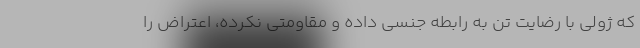
که ژولی با رضایت تن به رابطه جنسی داده و مقاومتی نکرده، اعتراض را